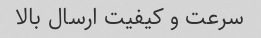
سرعت و کیفیت ارسال بالا